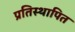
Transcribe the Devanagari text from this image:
प्रतिस्थापित